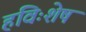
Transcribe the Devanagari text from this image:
हविःशेष